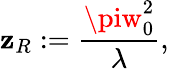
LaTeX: \mathbf{z}_{R}:=\frac{{\piw_{0}^{2}}}{{\lambda}},